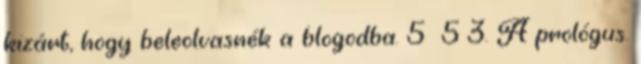
kizárt, hogy beleolvasnék a blogodba. 5 5 3. A prológus.